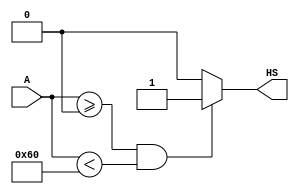
`timescale 1ns / 1ps
//////////////////////////////////////////////////////////////////////////////////
// Company: 
// Engineer: 
// 
// Design Name: 
// Module Name: Hor_cmp
// Project Name: 
// Target Devices: 
// Tool Versions: 
// Description: 
// 
// Dependencies: 
// 
// Revision:
// Revision 0.01 - File Created
// Additional Comments:
// 
//////////////////////////////////////////////////////////////////////////////////


module Hor_cmp(
    input [9:0]A,
    //input clk,
    output reg HS
);

/*always@(A)
begin
    if (A >= 144 && A <= 784)
        assign HS = A;
    else
        A;
end*/

always@(A)
begin
    HS<=(A>=0 && A < 96)? 1'b1:1'b0;
end

endmodule